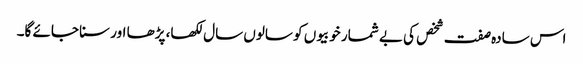
اس سادہ صفت شخص کی بے شمار خوبیوں کو سالوں سال لکھا، پڑھا اور سنا جائے گا۔